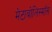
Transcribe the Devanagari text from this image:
मेटाबोलिस्मॉस